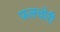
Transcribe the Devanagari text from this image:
फलचोरी